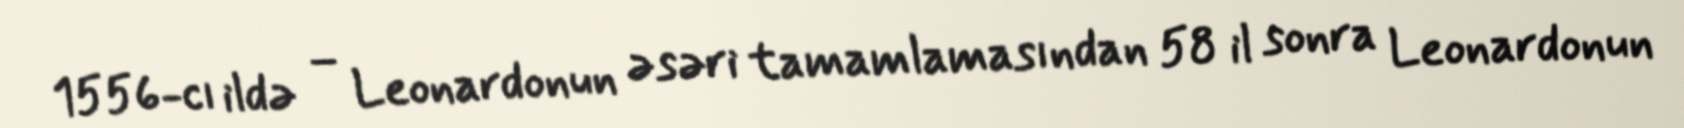
1556-cı ildə – Leonardonun əsəri tamamlamasından 58 il sonra Leonardonun